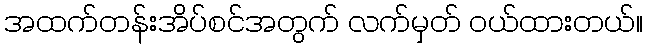
အထက်တန်းအိပ်စင်အတွက် လက်မှတ် ဝယ်ထားတယ်။